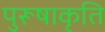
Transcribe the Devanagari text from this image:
पुरूषाकृति